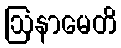
ဩနာမေတိ